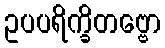
ဥပပရိက္ခိတဗ္ဗော